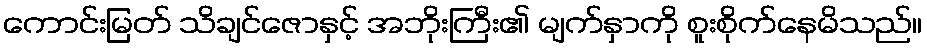
ကောင်းမြတ် သိချင်ဇောနှင့် အဘိုးကြီး၏ မျက်နှာကို စူးစိုက်နေမိသည်။